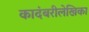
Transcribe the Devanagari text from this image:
कादंबरीलेखिका